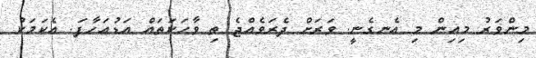
މިންވަރު މިއިން މި އެނގެނީ. ވަރަށް ދެރަވެއްޖެ ތި ވާހަކަތައް އަޑުއަހާފަ. އެކަމަކު